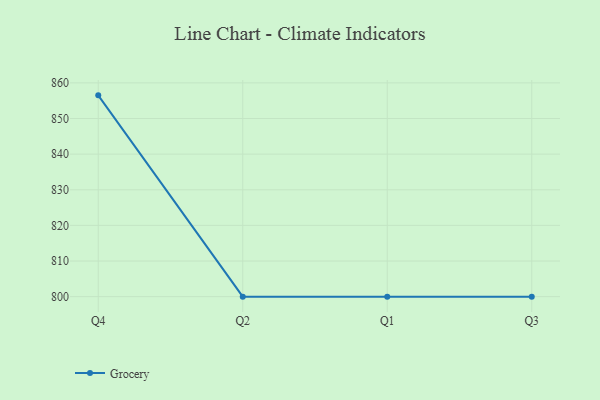
{"axis": {"x": "Quarter", "y": "Operating Costs (USD K)"}, "legend": ["Grocery"], "data": [{"x": "Q4", "y": 856.5, "type": "Grocery"}, {"x": "Q2", "y": 800, "type": "Grocery"}, {"x": "Q1", "y": 800, "type": "Grocery"}, {"x": "Q3", "y": 800, "type": "Grocery"}]}